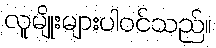
လူမျိုးများပါဝင်သည်။